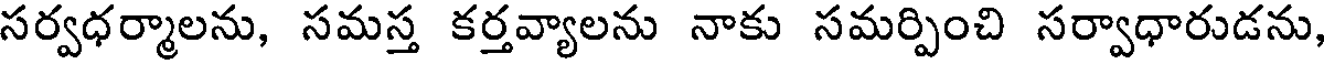
సర్వధర్మాలను, సమస్త కర్తవ్యాలను నాకు సమర్పించి సర్వాధారుడను,